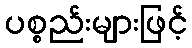
ပစ္စည်းများဖြင့်